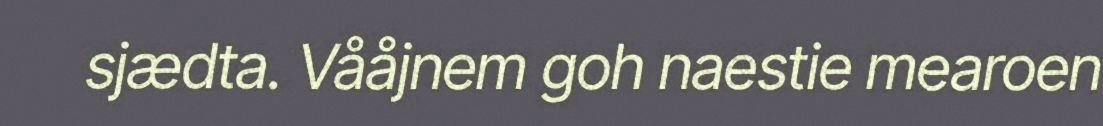
sjædta. Vååjnem goh naestie mearoen